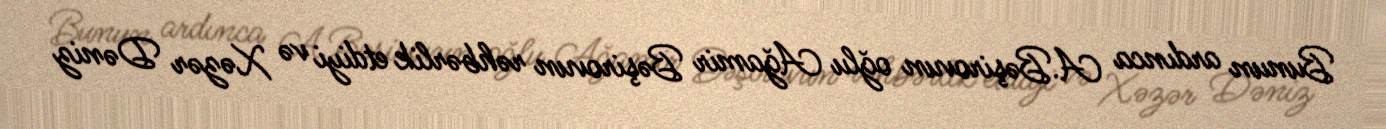
Bunun ardınca A.Bəşirovun oğlu Ağamir Bəşirovun rəhbərlik etdiyi və Xəzər Dəniz